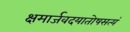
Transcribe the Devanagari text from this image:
क्षमार्जवदयातोषसत्यं